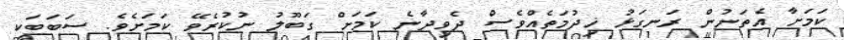
ކަމަށާ އެތަނުން ރަނގަޅު ޚިދުމަތެއްވެސް ދެވިދާނެ ކަމަށް ގަބޫލު ނުކުރެވޭ ކަމަށެވެ. ސަބަބަކީ